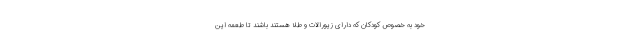
خود به خصوص کودکان که دارای زیورالات و طلا هستند باشند تا طعمه این